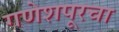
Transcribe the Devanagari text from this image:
गणेशपूरचा